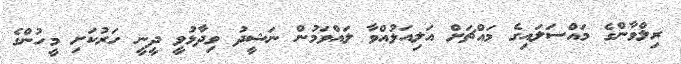
ރިލްވާންގެ މައްސަލައިގެ މައްޗަށް އަލިއަޅުއްވާ ލައްވަމުން ނަޝީދު ވިދާޅުވީ ދީނީ ހަރުކަށި މީހުންގެ